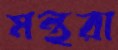
মন্থরা